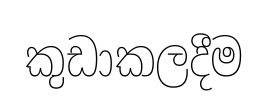
කුඩාකලදීම